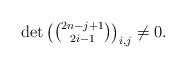
\begin{align*}\det\begin{pmatrix}\binom{2n-j+1}{2i-1}\end{pmatrix}_{i,j}\neq0.\end{align*}